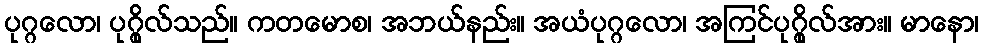
ပုဂ္ဂလော၊ ပုဂ္ဂိုလ်သည်။ ကတမောစ၊ အဘယ်နည်း။ အယံပုဂ္ဂလော၊ အကြင်ပုဂ္ဂိုလ်အား။ မာနော၊